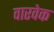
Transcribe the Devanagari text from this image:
वारवेक